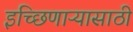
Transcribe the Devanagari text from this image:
इच्छिणाऱ्यासाठी